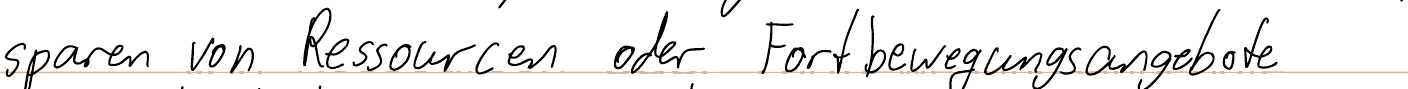
sparen von Ressourcen oder Fortbewegungsangebote